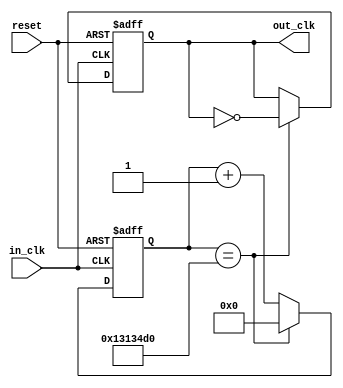
module frequncy_devider(input in_clk,input reset,output reg out_clk);

reg [31:0]counter;
always @(posedge in_clk,posedge reset)
begin
	if(reset)begin
		counter <=32'd0;
		out_clk <= 1'b0;
	end
	else begin
		if(counter==20002000)
		begin
			counter <=32'd0;
			out_clk <= ~out_clk;
		end
		else
		begin
			counter <=counter+1;
		end
	end
end

endmodule